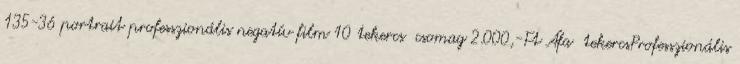
135-36 portrait professzionális negatív film 10 tekercs csomag 2.000,-Ft Áfa tekercsProfesszionális